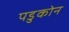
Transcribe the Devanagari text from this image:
पडुकोन